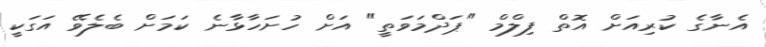
އެނާގެ ކުރިއަށް އޮތް ފިލްމް "ޕަދްމަވަތީ" އަށް ހުށަހާޅާނެ ކަމަށް ބެލެވޭ އަގަކީ